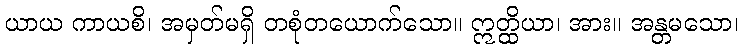
ယာယ ကာယစိ၊ အမှတ်မရှိ တစုံတယောက်သော။ ဣတ္ထိယာ၊ အား။ အန္တမသော၊